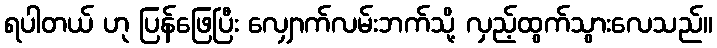
ရပါတယ် ဟု ပြန်ဖြေပြီး လျှောက်လမ်းဘက်သို့ လှည့်ထွက်သွားလေသည်။